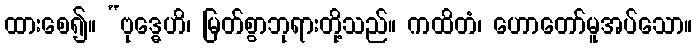
ထားစေ၍။ “ဗုဒ္ဓေဟိ၊ မြတ်စွာဘုရားတို့သည်။ ကထိတံ၊ ဟောတော်မူအပ်သော။